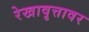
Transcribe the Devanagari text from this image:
रेखावृत्तावर